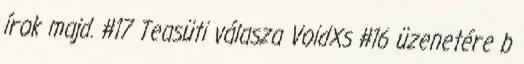
írok majd. #17 Teasüti válasza VoidXs #16 üzenetére b